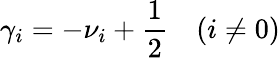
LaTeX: \gamma_{i}=-\nu_{i}+\frac 12\quad(i\not=0)